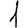
Digit: 1